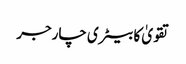
تقویٰ کا بیٹری چارجر